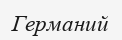
Германий